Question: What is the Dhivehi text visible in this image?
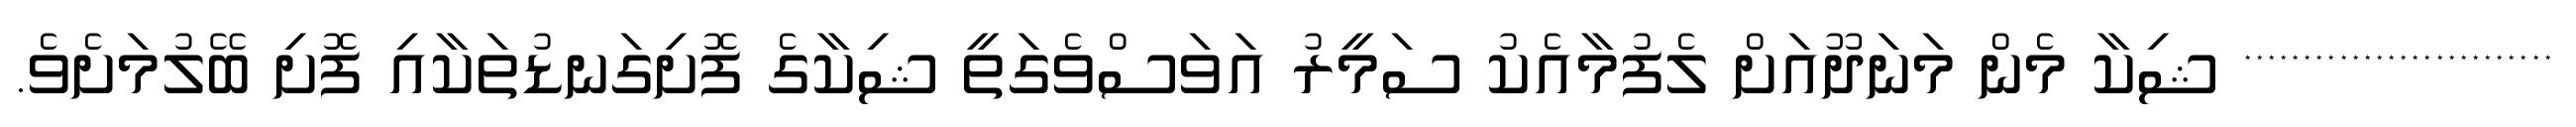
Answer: ************************** ޝިކާ މެން މަނަދޫއަށް ލެފުމާއެކު ސަމީރު އަވަސްވެގަތީ ޝިކާގެ ފޮށިގަނޑުތަކާއި ފޮށި ބޭލުމަށެވެ.